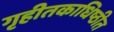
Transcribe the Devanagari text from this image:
गृहीतकाधिष्ठीत